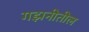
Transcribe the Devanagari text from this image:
गझनीतील